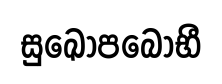
සුඛෝපබොභී